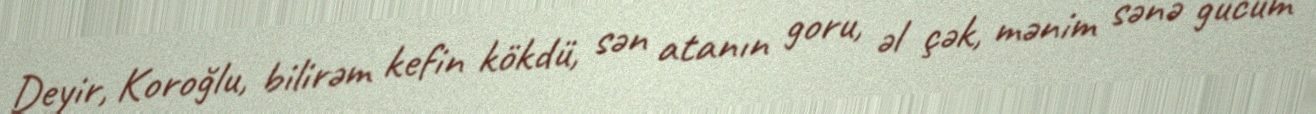
Deyir, Koroğlu, bilirəm kefin kökdü, sən atanın goru, əl çək, mənim sənə gücüm